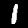
Label: 1